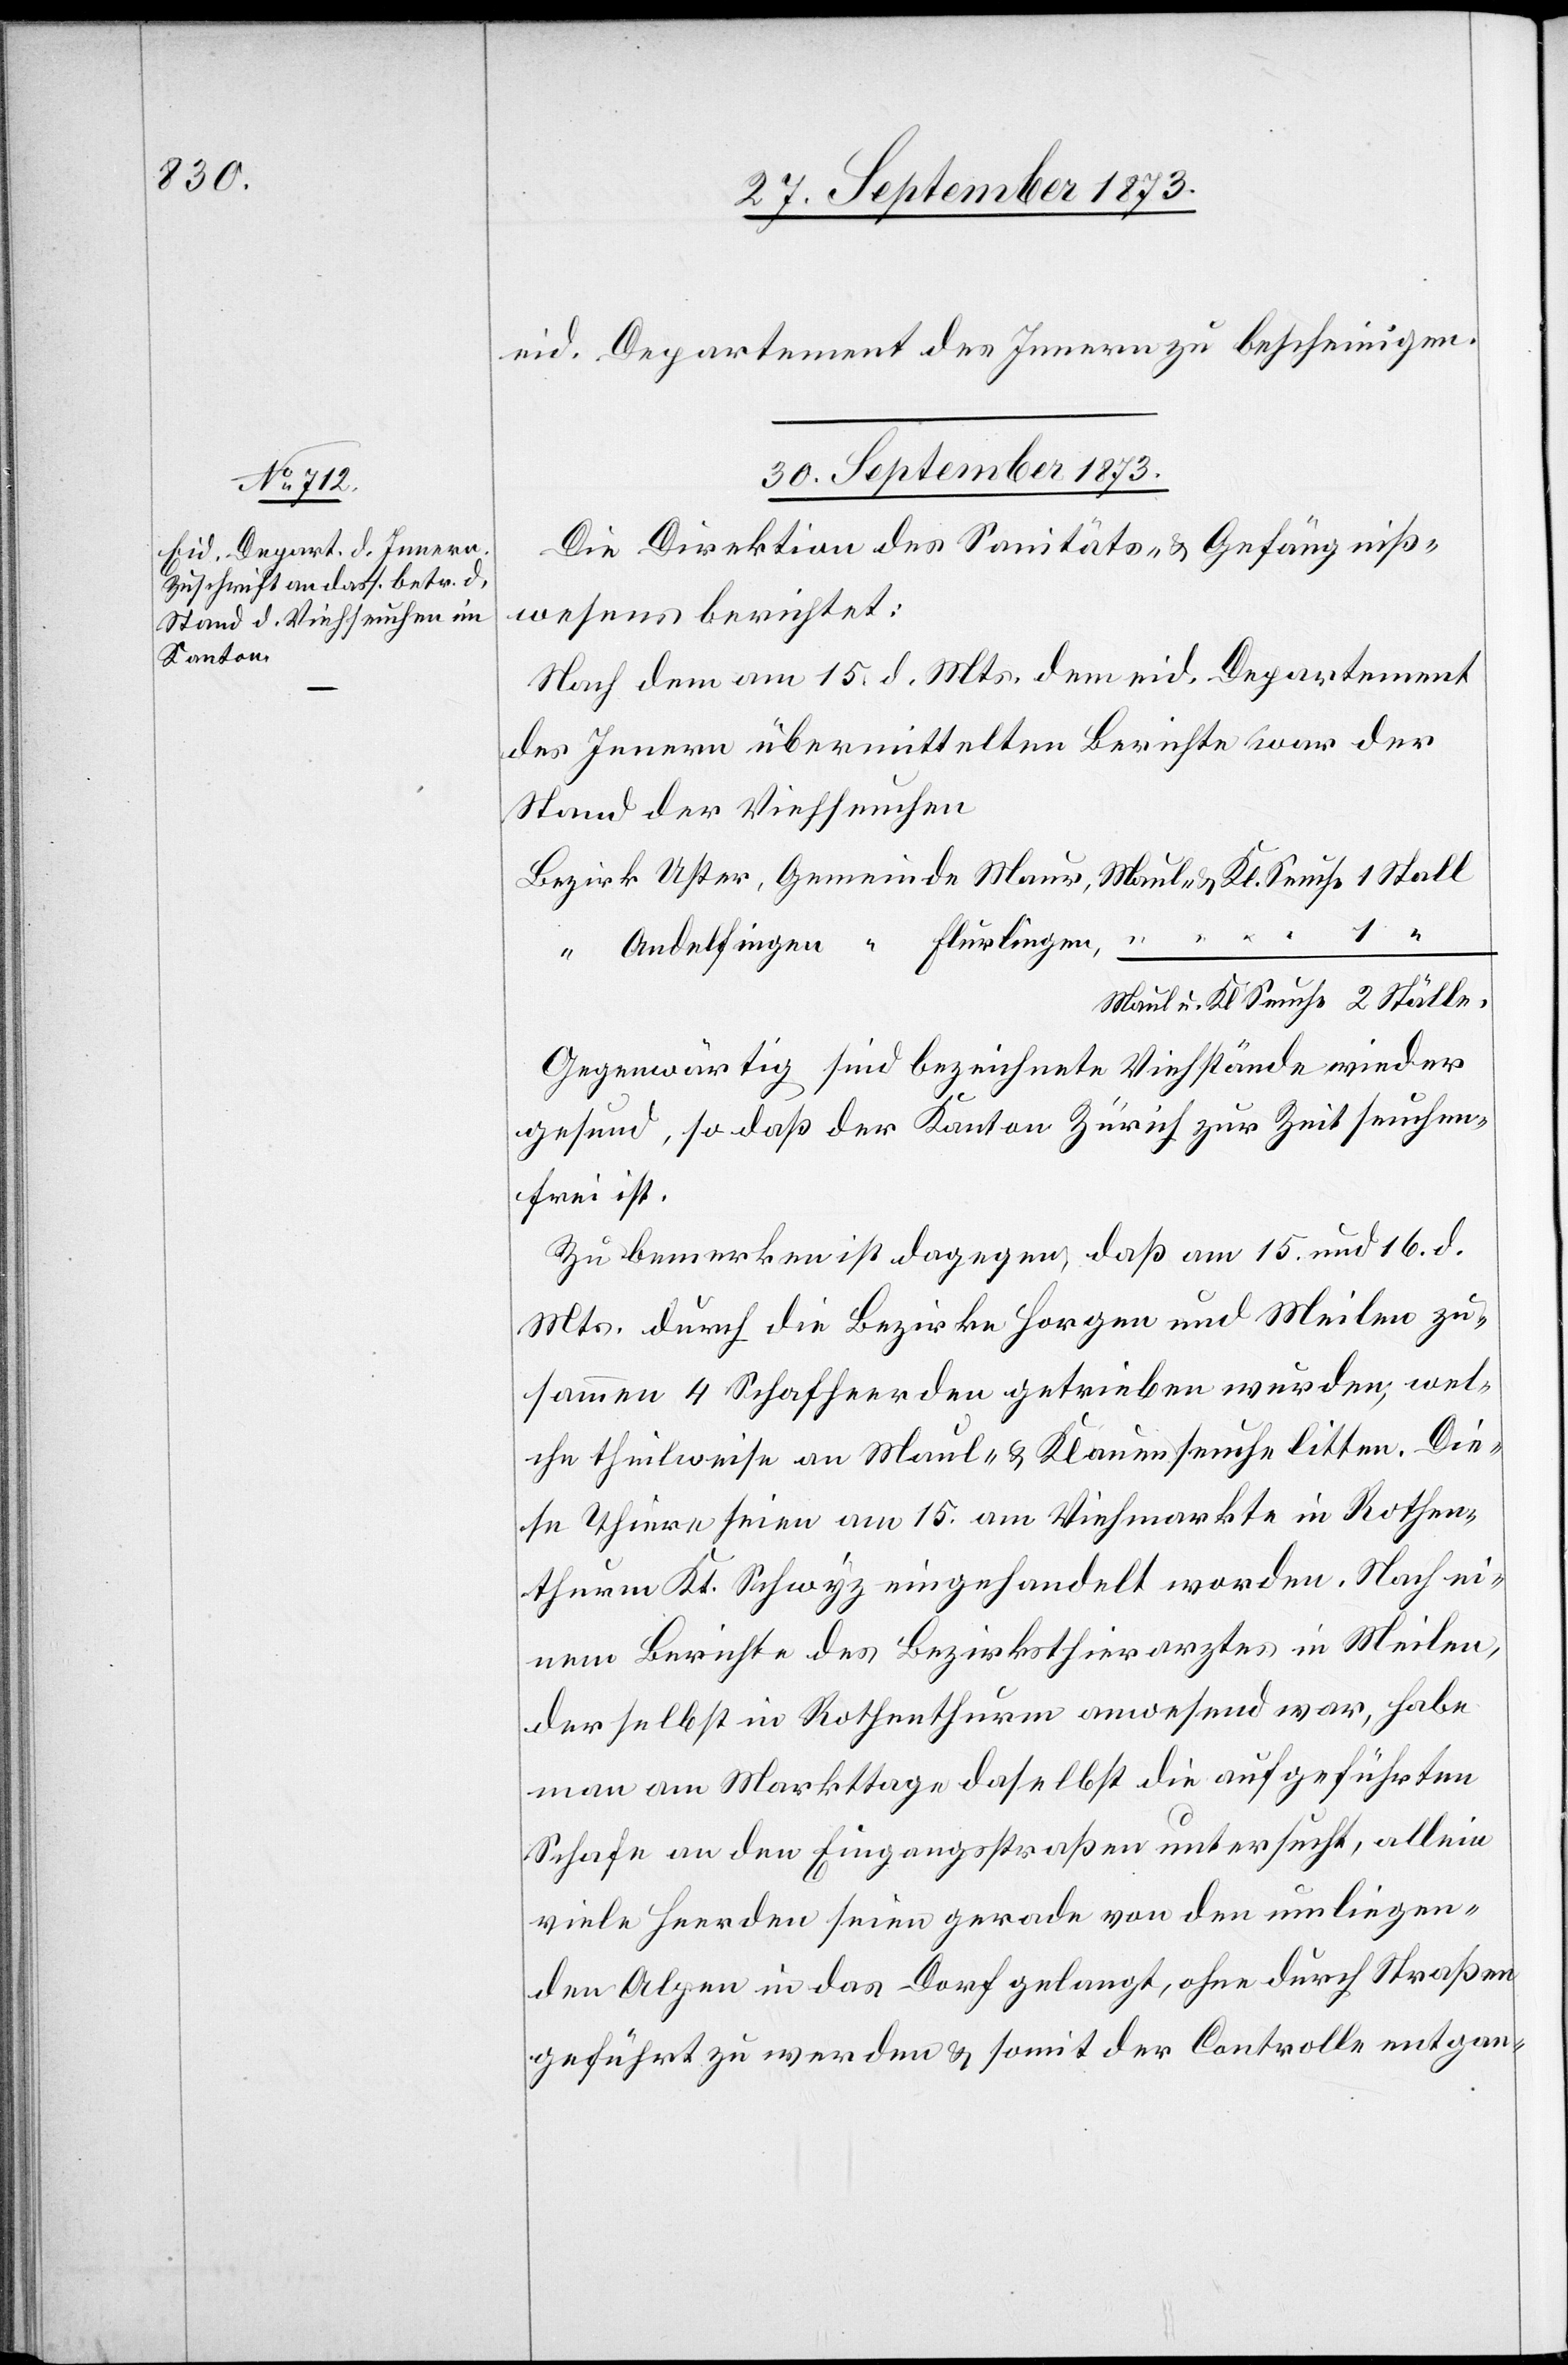
eid. Departement des Innern zu bescheinigen.
30. September 1873.
Die Direktion des Sanitäts- & Gefängniß¬
wesens berichtet:
Nach dem am 15. d. Mts. dem eid. Departement
des Innern übermittelten Berichte war der
Stand der Viehseuchen
Gegenwärtig sind bezeichnete Viehstände wieder
gesund, so daß der Kanton Zürich zur Zeit seuchen¬
frei ist.
Zu bemerken ist dagegen, daß am 15. und 16. d.
Mts. durch die Bezirke Horgen und Meilen zu¬
sammen 4 Schafheerden getrieben wurden, wel¬
che theilweise an Maul- & Klauenseuche litten. Die¬
se Thiere seien am 15. am Viehmarkte in Rothen¬
thurm Kt. Schwyz eingehandelt worden. Nach ei¬
nem Berichte des Bezirksthierarztes in Meilen,
der selbst in Rothenthurm anwesend war, habe
man am Markttage daselbst die aufgeführten
Schafe an den Eingangsstraßen untersucht, allein
viele Heerden seien gerade von den umliegen¬
den Alpen in das Dorf gelangt, ohne durch Straßen
geführt zu werden & somit der Controlle entgan-